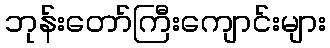
ဘုန်းတော်ကြီးကျောင်းများ